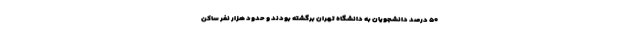
۵۰ درصد دانشجویان به دانشگاه تهران برگشته بودند و حدود هزار نفر ساکن